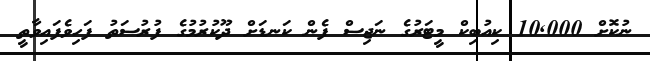
ނުކޮށް 10